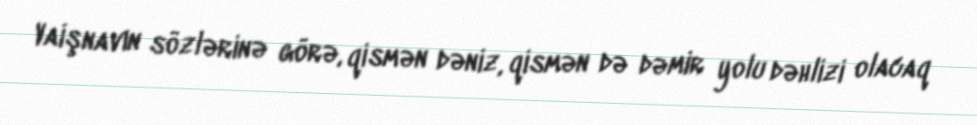
Vaişnavın sözlərinə görə, qismən dəniz, qismən də dəmir yolu dəhlizi olacaq